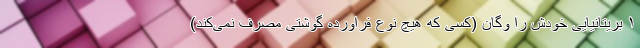
۱ بریتانیایی خودش را وگان (کسی که هیچ نوع فراورده گوشتی مصرف نمی‌کند)